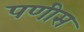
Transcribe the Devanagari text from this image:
पणीस